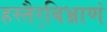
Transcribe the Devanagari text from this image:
हस्तैर्‌बिभ्राणं